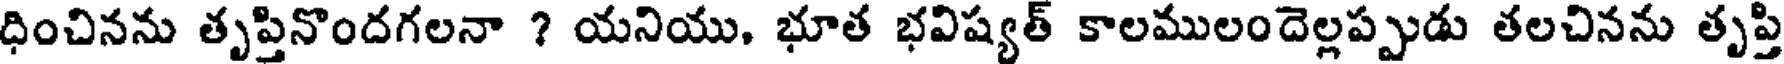
ధించినను తృప్తినొందగలనా ? యనియు, భూత భవిష్యత్ కాలములందెల్లప్పుడు తలచినను తృప్తి